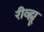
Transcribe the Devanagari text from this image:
रीव्ह्यू